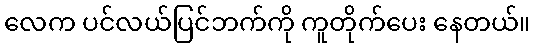
လေက ပင်လယ်ပြင်ဘက်ကို ကူတိုက်ပေး နေတယ်။